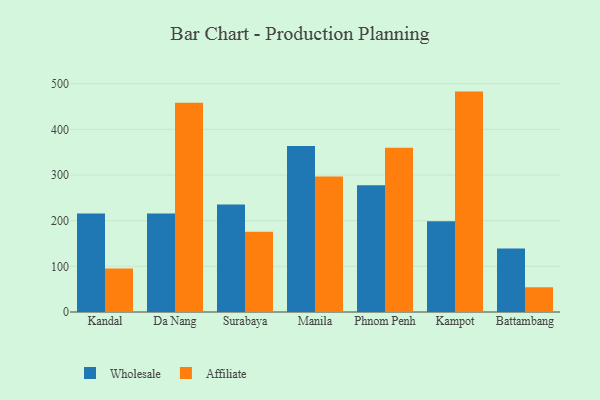
{"axis": {"x": "City", "y": "Backlog"}, "legend": ["Affiliate", "Wholesale"], "data": [{"x": "Kandal", "y": 215.7, "type": "Wholesale"}, {"x": "Kandal", "y": 95.0, "type": "Affiliate"}, {"x": "Da Nang", "y": 215.5, "type": "Wholesale"}, {"x": "Da Nang", "y": 458.4, "type": "Affiliate"}, {"x": "Surabaya", "y": 235.5, "type": "Wholesale"}, {"x": "Surabaya", "y": 175.8, "type": "Affiliate"}, {"x": "Manila", "y": 363.7, "type": "Wholesale"}, {"x": "Manila", "y": 296.5, "type": "Affiliate"}, {"x": "Phnom Penh", "y": 277.3, "type": "Wholesale"}, {"x": "Phnom Penh", "y": 359.6, "type": "Affiliate"}, {"x": "Kampot", "y": 198.6, "type": "Wholesale"}, {"x": "Kampot", "y": 482.6, "type": "Affiliate"}, {"x": "Battambang", "y": 138.9, "type": "Wholesale"}, {"x": "Battambang", "y": 54.2, "type": "Affiliate"}]}